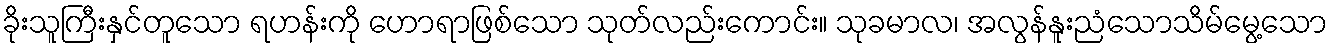
ခိုးသူကြီးနှင်တူသော ရဟန်းကို ဟောရာဖြစ်သော သုတ်လည်းကောင်း။ သုခမာလ၊ အလွန်နူးညံသောသိမ်မွေ့သော